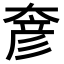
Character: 𡙓